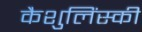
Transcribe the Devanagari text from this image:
कैशुलिंस्की